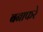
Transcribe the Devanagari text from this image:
बनाफरे